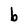
Character: b